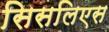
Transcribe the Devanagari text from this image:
सिसलिएस